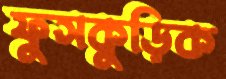
ফুসকুড়িক